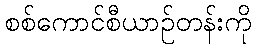
စစ်ကောင်စီယာဉ်တန်းကို